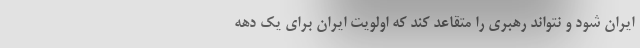
ایران شود و نتواند رهبری را متقاعد کند که اولویت ایران برای یک دهه